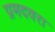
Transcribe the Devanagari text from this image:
प्रमदवरा